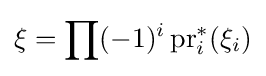
\xi =\prod (-1)^{i}\operatorname {pr} _{i}^{*}(\xi _{i})